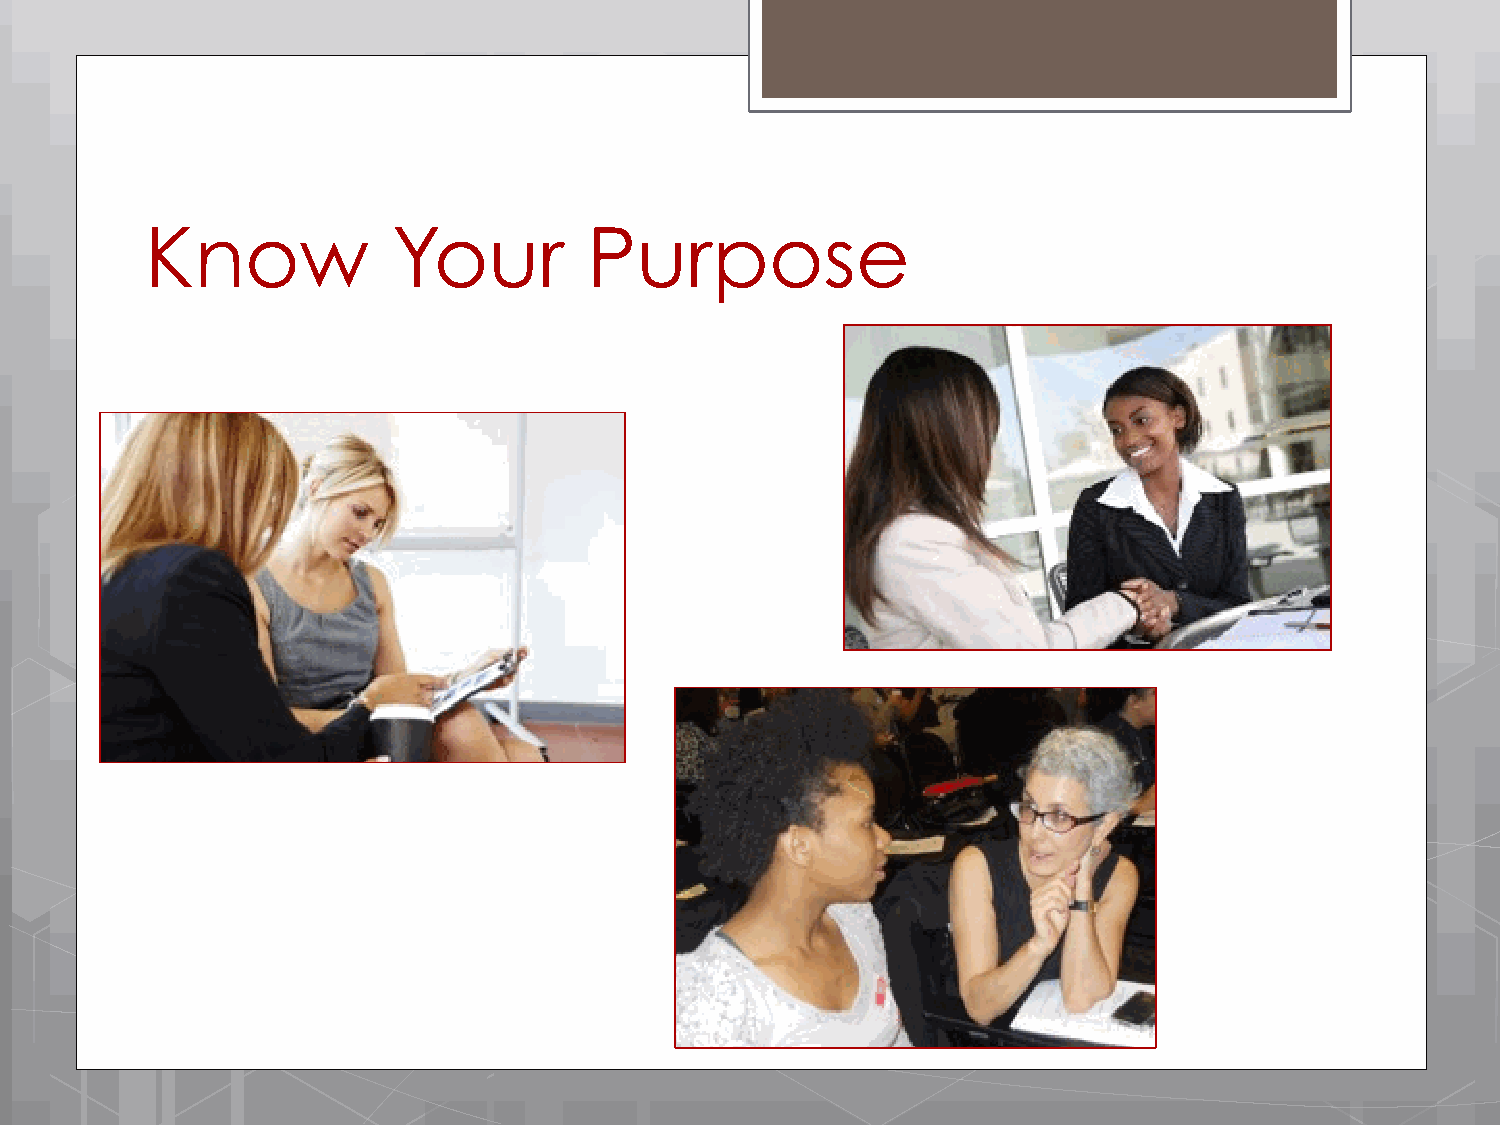
Know            Your         Purpose